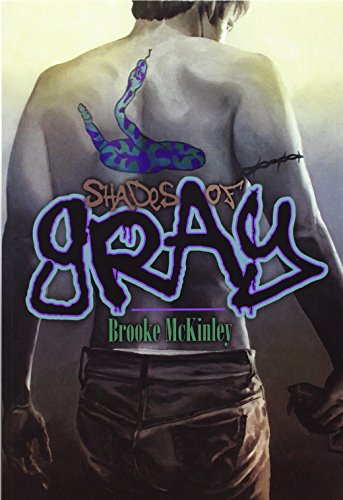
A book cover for Shades of Gray; Brooke McKinley; Romance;